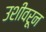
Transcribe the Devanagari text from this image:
उशीवरून